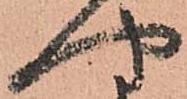
や